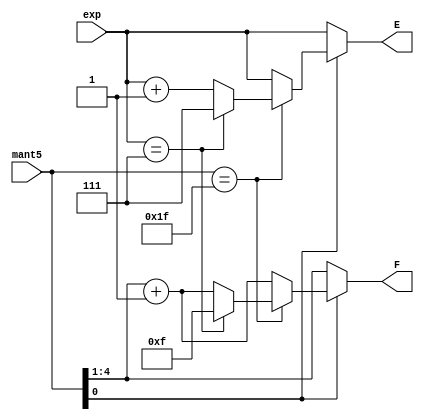
`timescale 1ns / 1ps
//////////////////////////////////////////////////////////////////////////////////
// Company: 
// Engineer: 
// 
// Design Name: 
// Module Name: ROUND
// Project Name: 
// Target Devices: 
// Tool Versions: 
// Description: 
// 
// Dependencies: 
// 
// Revision:
// Revision 0.01 - File Created
// Additional Comments:
// 
//////////////////////////////////////////////////////////////////////////////////


module ROUND(
    mant5, exp, E, F
    );
    input [4:0] mant5;
    input [2:0] exp;
    output reg [2:0] E;
    output reg [3:0] F;
    
    always @(*) begin
        if (mant5[0] == 1) begin
            if(mant5 == 5'b11111) begin
                $display("overflow");
                $display(exp);
                //overflow
                //case 1: exponent maxed
                if(exp == 3'b111) begin
                    $display("Max detected");
                    F = 4'b1111;
                    E = 3'b111;
                end
                else begin
                F = (mant5 >> 1) + 1;
                E = exp + 1;
                end
            end
            //round, no overflow
            else begin
                F = mant5[4:1] + 1;
                E = exp;
            end
        end
        else begin
        //no rounding
            E = exp;
            F = mant5[4:1];
        end
    end
endmodule